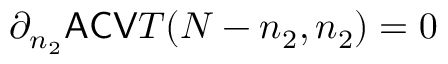
\partial _ { n _ { 2 } } \mathsf { A C V } T ( N - n _ { 2 } , n _ { 2 } ) = 0